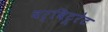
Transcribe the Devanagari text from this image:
बर्बिटूरेट